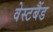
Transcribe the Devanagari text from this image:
वेस्टबैंड